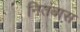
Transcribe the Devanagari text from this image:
नितंबास